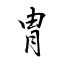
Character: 胄